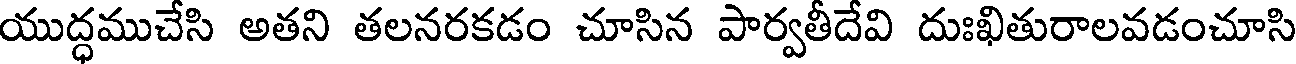
యుద్ధముచేసి అతని తలనరకడం చూసిన పార్వతీదేవి దుఃఖితురాలవడంచూసి